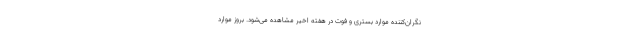
نگران‌کننده موارد بستری و فوت در هفته اخیر مشاهده می‌شود. بروز موارد